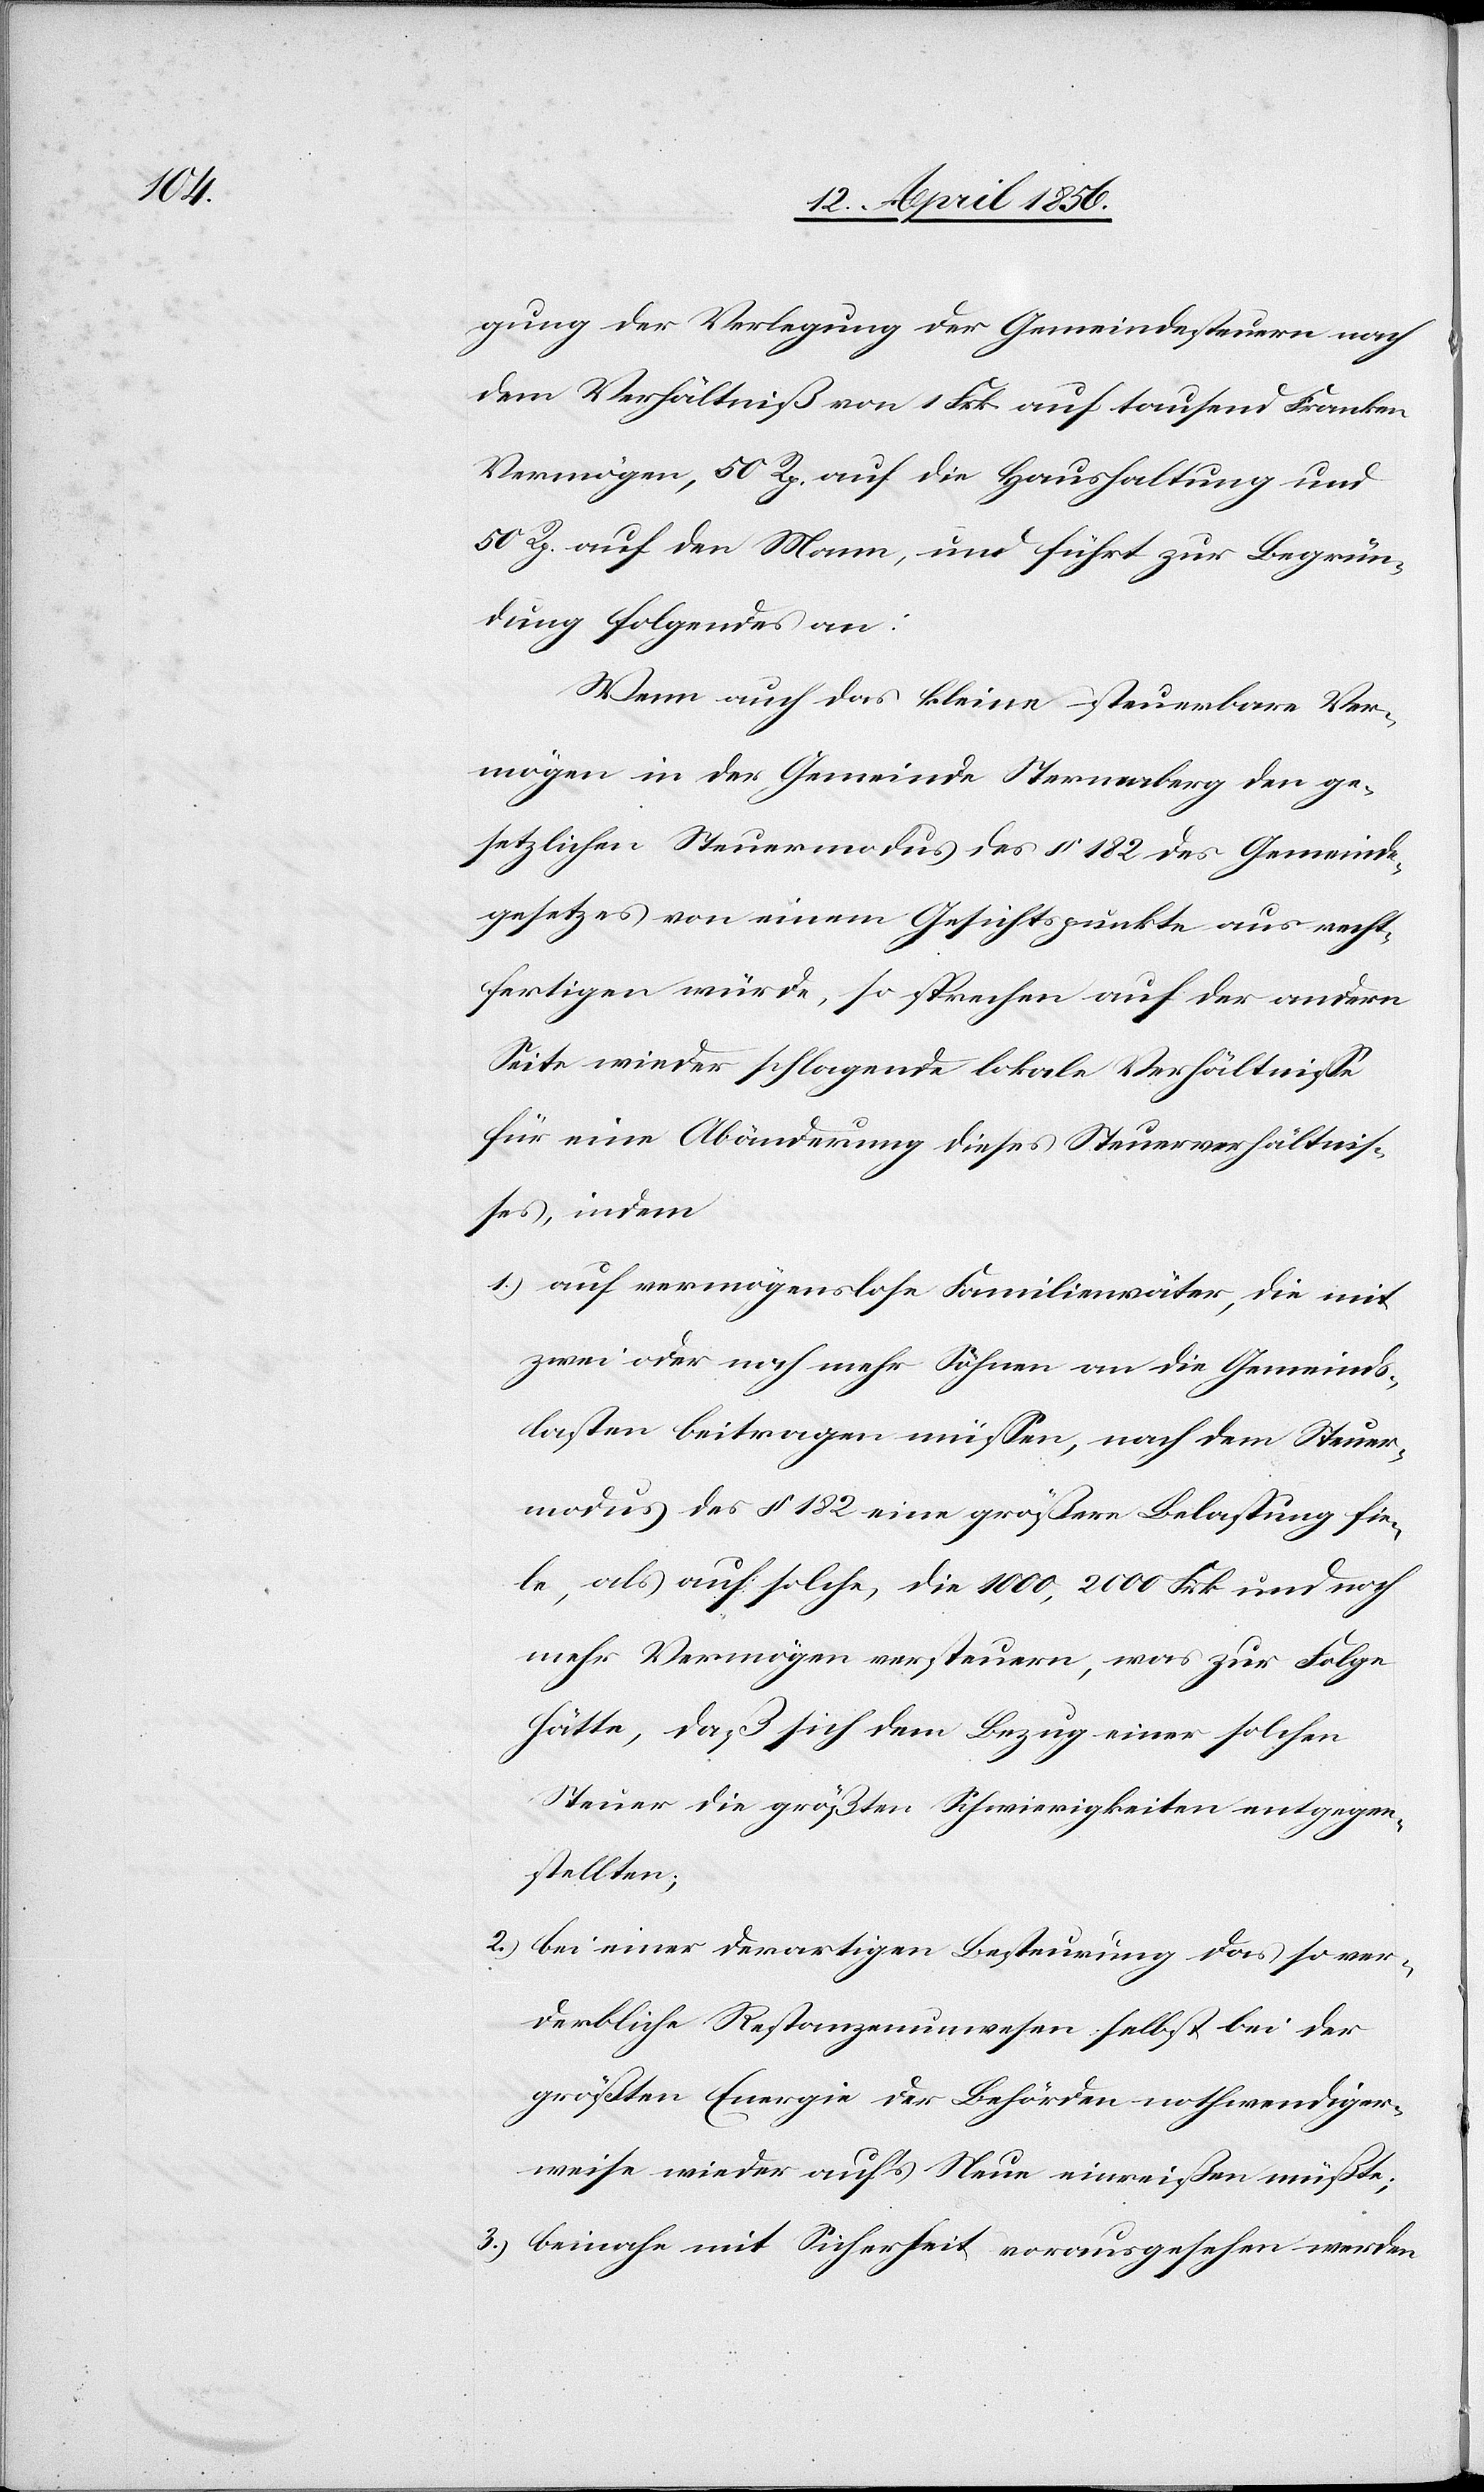
gung der Verlegung der Gemeindesteuern nach
dem Verhältniß von 1 Frk. auf tausend Franken
Vermögen, 50 Rp. auf die Haushaltung und
50 Rp. auf den Mann, und führt zur Begrün¬
dung folgendes an:
Wenn auch das kleine steuerbare Ver¬
mögen in der Gemeinde Sternenberg den ge¬
setzlichen Steuermodus des § 182 des Gemeinde¬
gesetzes von einem Gesichtspunkte aus recht¬
fertigen würde, so sprechen auf der andern
Seite wieder schlagende lokale Verhältnisse
für eine Abänderung dieses Steuerverhältnis¬
ses, indem
1.) auf vermögenslose Familienväter, die mit
zwei oder noch mehr Söhnen an die Gemeinds¬
lasten beitragen müssen, nach dem Steuer¬
modus des § 182 eine größere Belastung fie¬
le, als auf solche, die 1000, 2000 Frk und noch
mehr Vermögen versteuern, was zur Folge
hätte, daß sich dem Bezug einer solchen
Steuer die größten Schwierigkeiten entgegen¬
stellten;
2.) bei einer derartigen Besteurung das so ver¬
derbliche Restanzenunwesen selbst bei der
größten Energie der Behörden nothwendiger¬
weise wieder auf’s Neue einreißen müßte;
3.) beinahe mit Sicherheit vorausgesehen werden